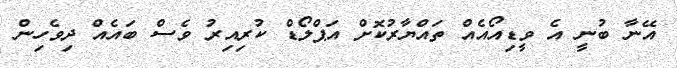
އޭނާ ބުނީ އެ ވީޑިއޯއެއް ތައްޔާރުކޮށް އަޕްލޯޑް ކުރިއިރު ވެސް ބައެއް ދިވެހިން